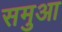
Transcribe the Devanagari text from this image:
समुआ